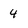
Character: 4